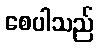
စေပါသည်